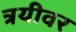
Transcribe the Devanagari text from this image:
त्रयीवर